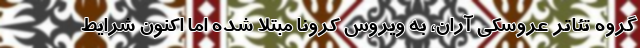
گروه تئاتر عروسکی آران، به ویروس کرونا مبتلا شده اما اکنون شرایط